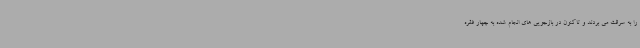
را به سرقت می بردند و تاکنون در بازجویی های انجام شده به چهار فقره